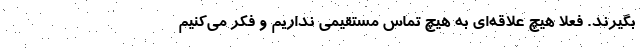
بگیرند. فعلا هیچ علاقه‌ای به هیچ تماس مستقیمی نداریم و فکر می‌کنیم